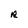
Character: R